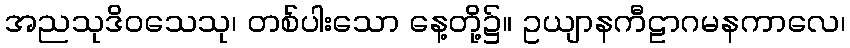
အညသုဒိဝသေသု၊ တစ်ပါးသော နေ့တို့၌။ ဥယျာနကီဠာဂမနကာလေ၊